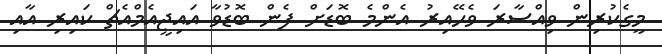
މީގެކުރިން ވިއްސާރަ ވެހޭއިރު އެންމެ ބޮޑަށް ފެން ބޮޑުވާ އައިޖީއެމްއެޗް ކައިރި އާއި